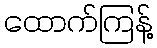
ထောက်ကြန့်